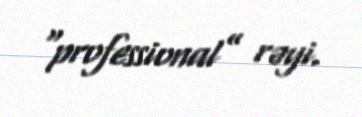
“professional” rəyi.